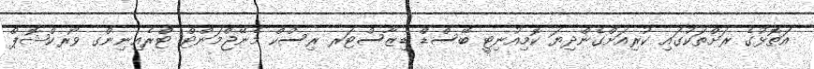
އަތޮޅުގެ ރަށްތަކުގައި ކުރިއަށްގެންދިޔަ ކޮމިއުނިޓީ ބޭސްޑް ޑިޒާސްޓަރ ރިސްކް މެނޭޖްމަންޓް ޓްރެއިނިންގ ވޯރކްޝޮޕް